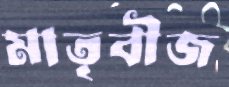
মাতৃবীজ